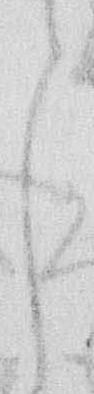
と